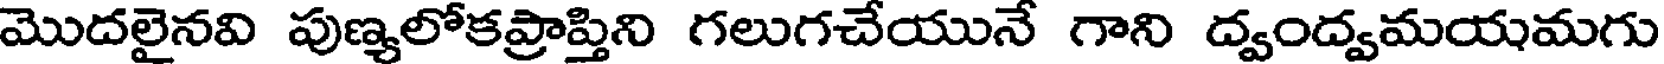
మొదలైనవి పుణ్యలోకప్రాప్తిని గలుగచేయునే గాని ద్వంద్వమయమగు